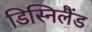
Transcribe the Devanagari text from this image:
डिस्निलैंड